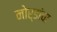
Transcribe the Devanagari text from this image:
नोर्डांचा